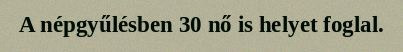
A népgyűlésben 30 nő is helyet foglal.